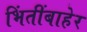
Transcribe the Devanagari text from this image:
भिंतींबाहेर